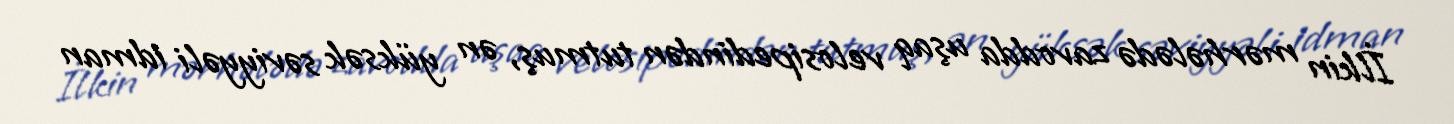
İlkin mərhələdə zavodda uşaq velosipedindən tutmuş, ən yüksək səviyyəli idman